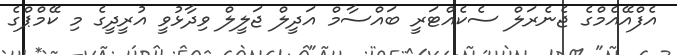
އެފްއޭއެމްގެ ޖެނެރަލް ސެކެއްޓަރީ ބައްސާމް އަދީލް ޖަލީލް ވިދާޅުވީ އުރީދީގެ މި ކޭމްޕްގެ